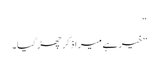
“
”خیر ہے میرا ذکر چھڑ گیا۔